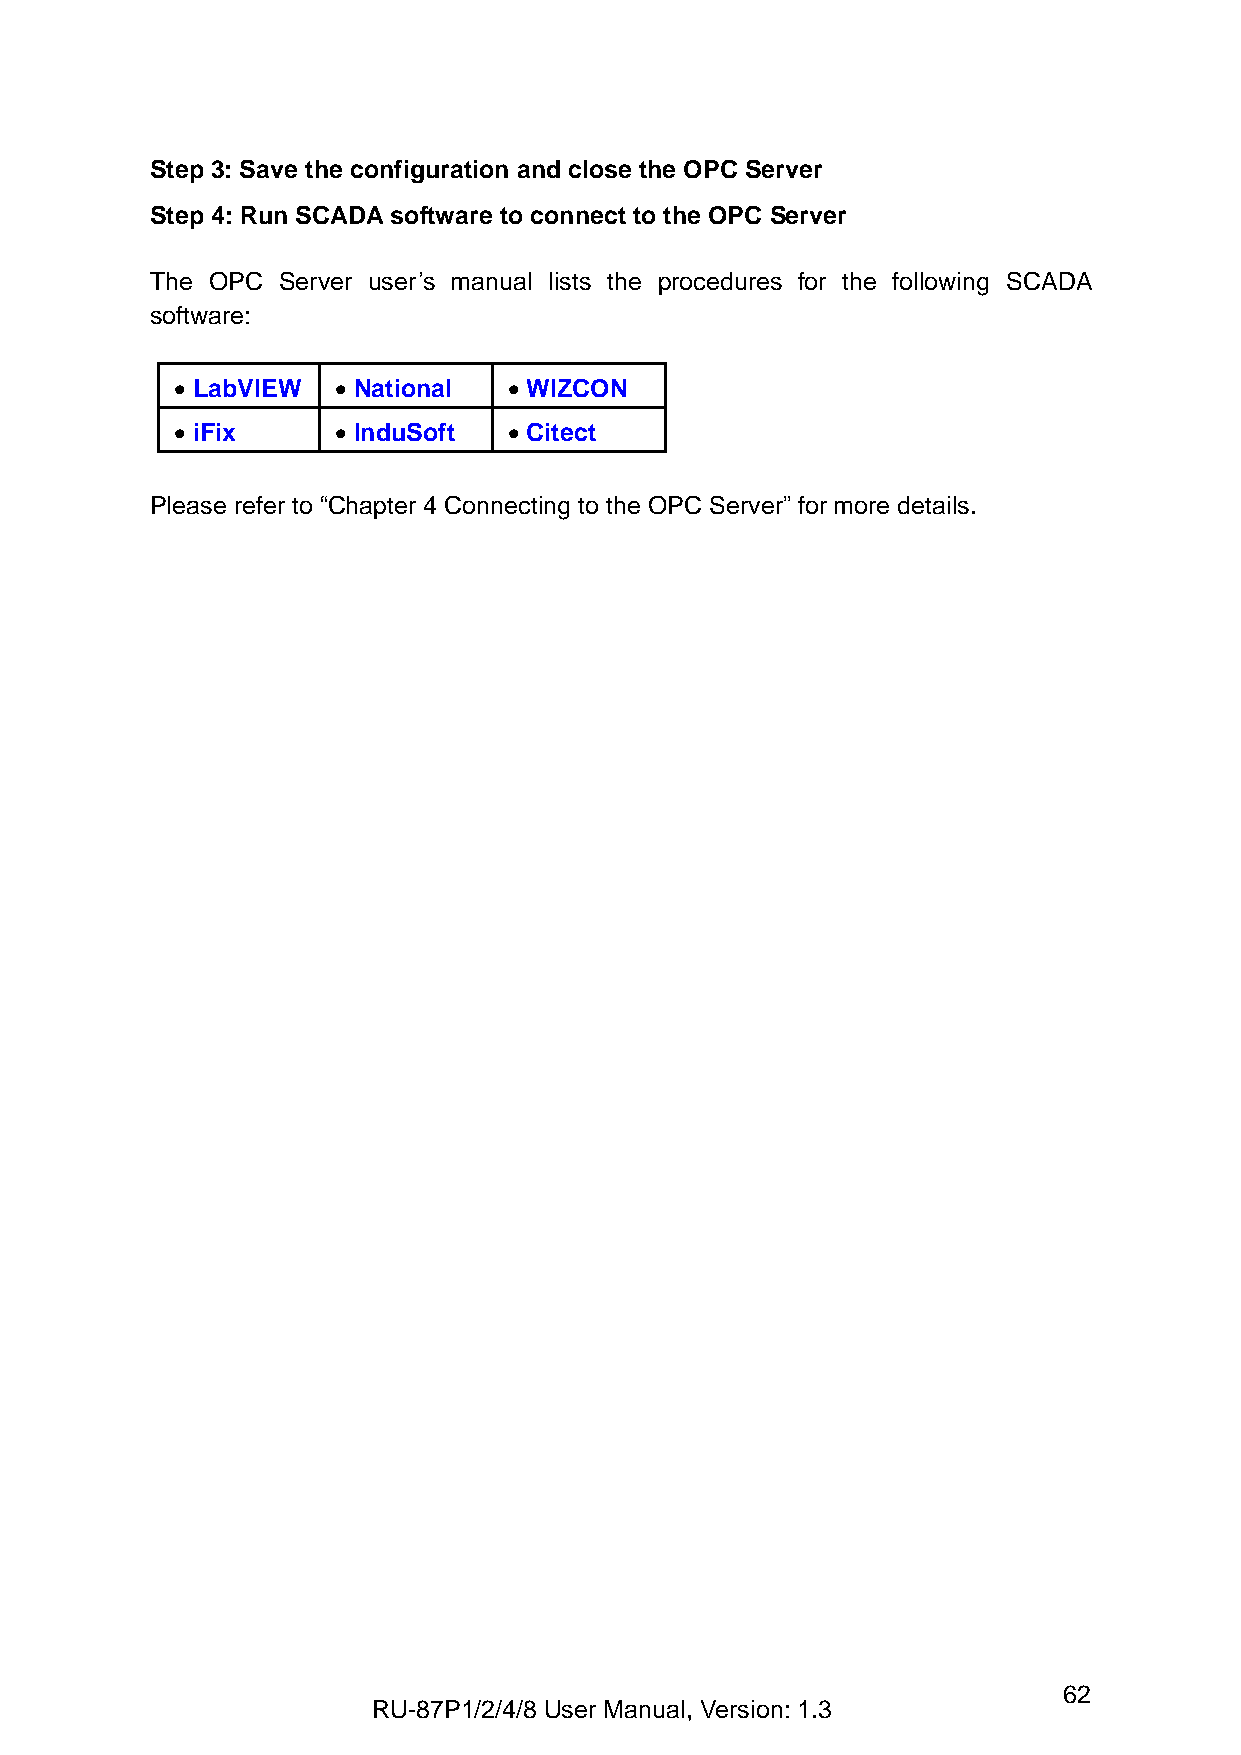
Step 3: Save the configuration and close the OPC Server
 Step 4: Run SCADA software to connect to the OPC Server
 The OPC Server user’s manual lists the procedures for the following SCADA
 software:
  LabVIEW  N a tional  WIZCON
  iFix     InduSoft   Citect
 Please refer to “Chapter 4 Connecting to the OPC Server” for more details.
 62
 RU-87P1/2/4/8 User Manual, Version: 1.3